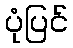
ပုံပြင်